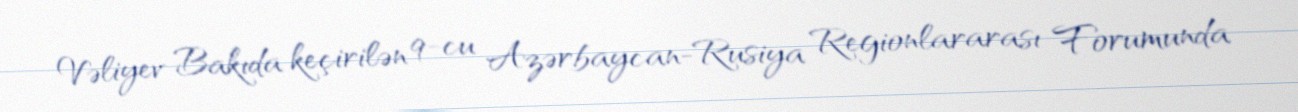
Vəliyev Bakıda keçirilən 9-cu Azərbaycan-Rusiya Regionlararası Forumunda